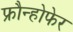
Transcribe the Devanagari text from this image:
फ्रौन्होफेर